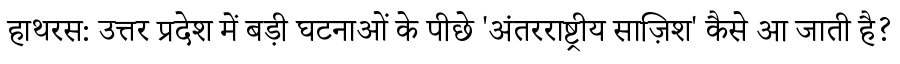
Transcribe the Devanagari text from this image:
हाथरस: उत्तर प्रदेश में बड़ी घटनाओं के पीछे 'अंतरराष्ट्रीय साज़िश' कैसे आ जाती है?